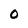
Character: O